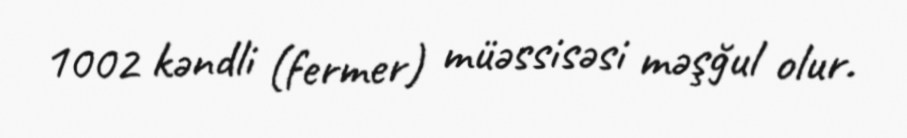
1002 kəndli (fermer) müəssisəsi məşğul olur.